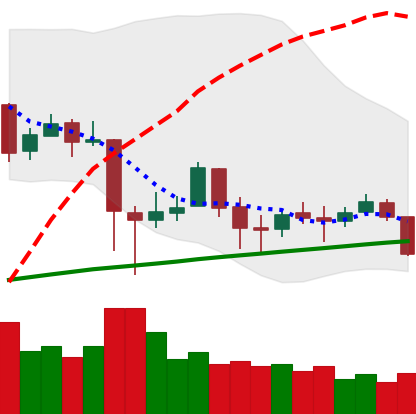
Ticker: BTC-USD
Chart end date: 2018-01-30
Forward return: -18.101%
Label: down_7plus